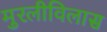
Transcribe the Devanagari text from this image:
मुरलीविलास